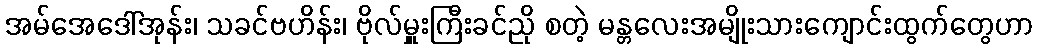
အမ်အေဒေါ်အုန်း၊ သခင်ဗဟိန်း၊ ဗိုလ်မှူးကြီးခင်ညို စတဲ့ မန္တလေးအမျိုးသားကျောင်းထွက်တွေဟာ